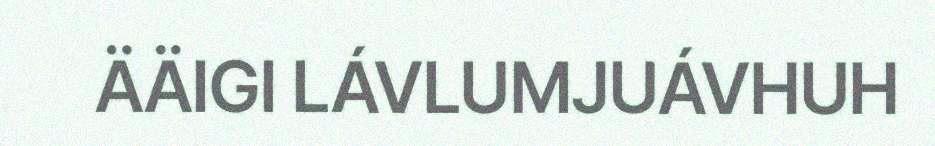
ÄÄIGI LÁVLUMJUÁVHUH